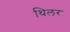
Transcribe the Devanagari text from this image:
थिलर